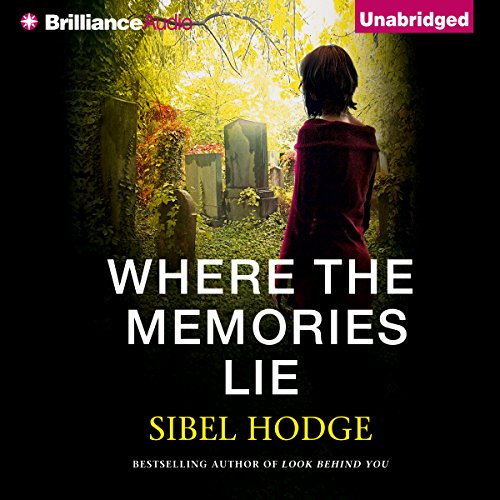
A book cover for Where the Memories Lie; Sibel Hodge; Literature & Fiction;